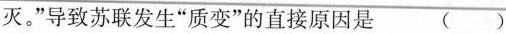
灭。”导致苏联发生”质变”的直接原因是 ()